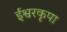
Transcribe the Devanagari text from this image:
ईश्वरकृपा